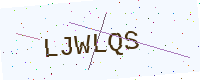
Text: LJWLQS